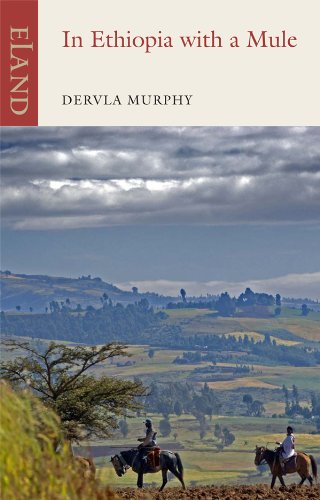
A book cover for In Ethiopia with a Mule; Dervla Murphy; Travel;